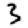
Digit: 3